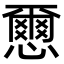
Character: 𢣭